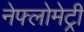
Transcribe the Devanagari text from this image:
नेफ्लोमेट्री